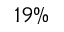
1 9 \%